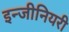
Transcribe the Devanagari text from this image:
इन्जीनियरी